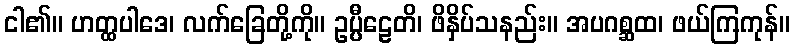
ငါ၏။ ဟတ္ထပါဒေ၊ လက်ခြေတို့ကို။ ဥပ္ပီဠေတိ၊ ဖိနှိပ်သနည်း။ အပဂစ္ဆထ၊ ဖယ်ကြကုန်။